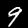
Label: 9